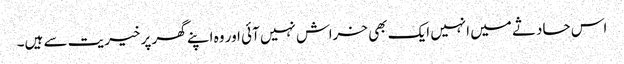
اس حادثے میں انہیں ایک بھی خراش نہیں آئی اور وہ اپنے گھر پر خیریت سے ہیں۔